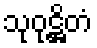
သုဝုဋ္ဌိတံ